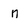
Character: n